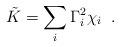
LaTeX: \begin{align*}\tilde{K} = \sum_i \Gamma_i^2 \chi_i \;\; .\end{align*}